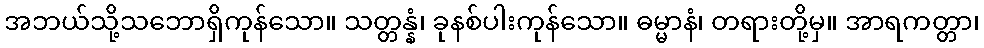
အဘယ်သို့သဘောရှိကုန်သော။ သတ္တန္နံ၊ ခုနစ်ပါးကုန်သော။ ဓမ္မာနံ၊ တရားတို့မှ။ အာရကတ္တာ၊